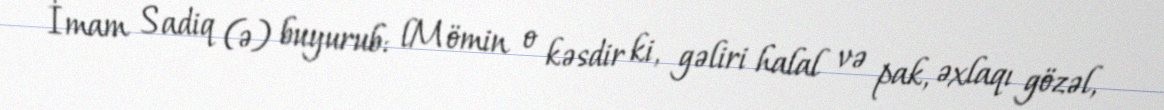
İmam Sadiq (ə) buyurub: lMömin o kəsdir ki, gəliri halal və pak, əxlaqı gözəl,